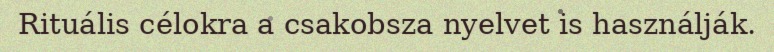
Rituális célokra a csakobsza nyelvet is használják.